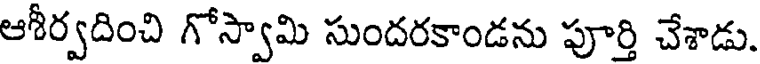
ఆశీర్వదించి గోస్వామి సుందరకాండను పూర్తి చేశాడు.